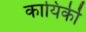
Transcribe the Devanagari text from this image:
कायिर्की